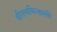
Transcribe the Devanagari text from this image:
श्रीतत्वचिन्तामणि